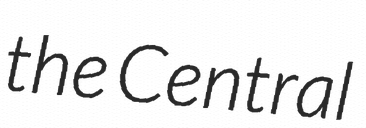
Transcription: the Central